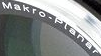
Makro-Planar